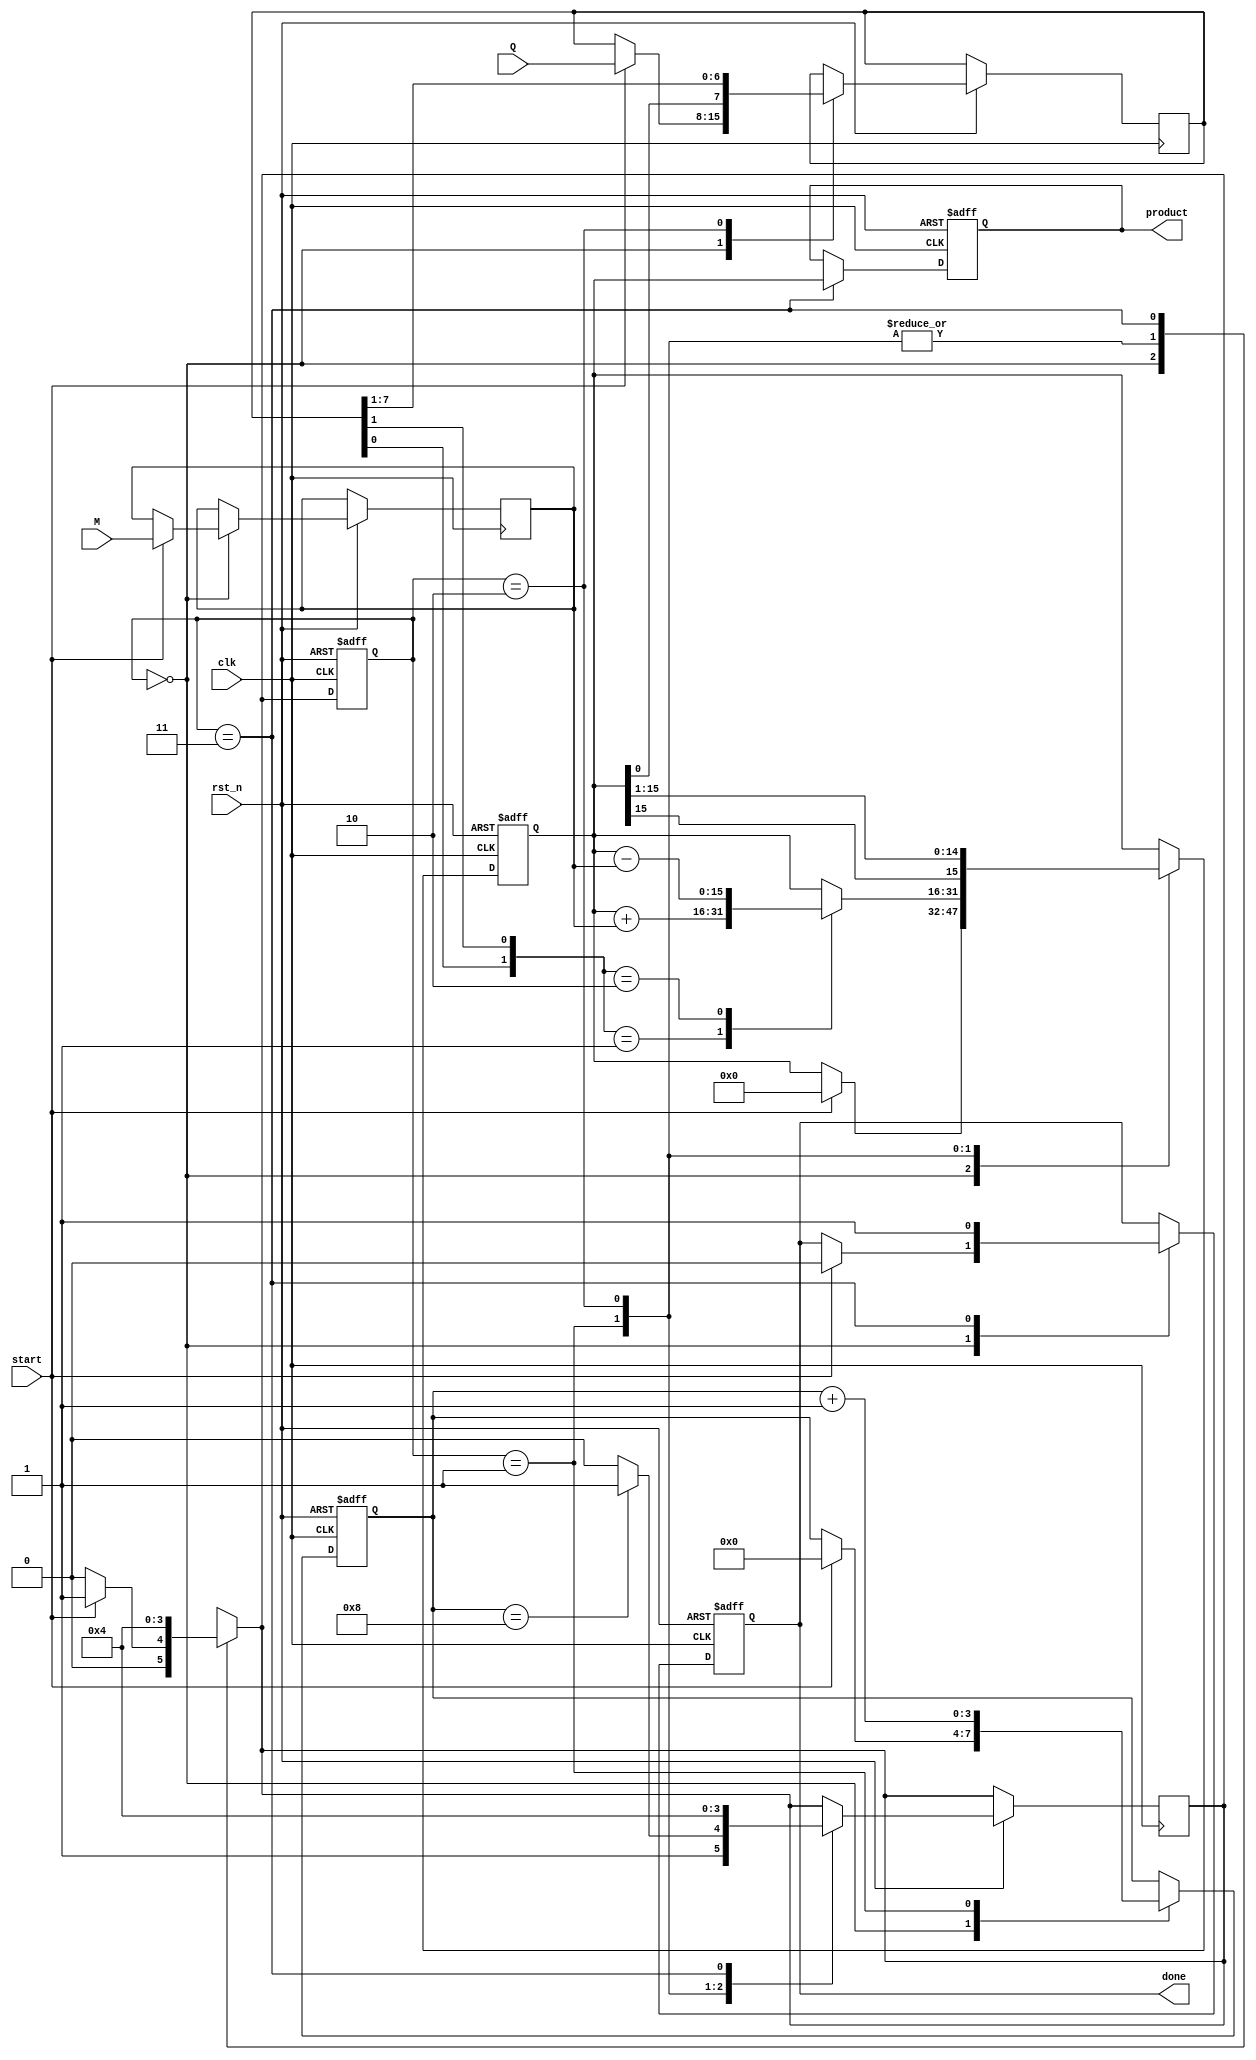
module modified_booth_multiplier (
    input wire clk,
    input wire rst_n,
    input wire start,
    input wire [7:0] M, // Multiplicand
    input wire [7:0] Q, // Multiplier
    output reg [15:0] product, // Final product
    output reg done // Multiplication done signal
);

// Internal Registers
reg [7:0] M_reg; // Multiplicand register
reg [7:0] Q_reg; // Multiplier register
reg [15:0] A; // Accumulator
reg [3:0] count; // Bit count for processed bits
reg [1:0] state; // Current state in FSM
reg [1:0] next_state; // Next state in FSM

// State encoding
localparam IDLE = 2'b00,
           PROCESS = 2'b01,
           SHIFT = 2'b10,
           DONE = 2'b11;

// Booth multiplier logic
always @(posedge clk or negedge rst_n) begin
    if (!rst_n) begin
        state <= IDLE;
        done <= 0;
        product <= 0;
        A <= 0;
        count <= 0;
    end else begin
        state <= next_state;

        case (state)
            IDLE: begin
                if (start) begin
                    M_reg <= M;
                    Q_reg <= Q;
                    A <= 0;
                    count <= 0;
                    done <= 0;
                end
            end
            
            PROCESS: begin
                // Booth encoding based on last two bits of Q_reg
                case ({Q_reg[0], Q_reg[1]})
                    2'b00: ; // Do nothing
                    2'b01: A <= A + M_reg; // Add M
                    2'b10: A <= A - M_reg; // Subtract M
                    2'b11: ; // Do nothing
                endcase

                count <= count + 1;
                if (count == 8) begin
                    next_state <= DONE;
                end else begin
                    next_state <= SHIFT;
                end
            end
            
            SHIFT: begin
                // Right shift A and Q_reg
                A <= {A[15], A[15:1]};
                Q_reg <= {A[0], Q_reg[7:1]}; // Q_reg shifted right, LSB is taken from A's LSB
                next_state <= PROCESS;
            end
            
            DONE: begin
                product <= A; // Final product is in A
                done <= 1; // Indicate operation is done
                next_state <= IDLE; // Go back to IDLE
            end
            
            default: next_state <= IDLE; // Default case
        endcase
    end
end

// Initializing next state
always @(state) begin
    case (state)
        IDLE: next_state = (start) ? PROCESS : IDLE;
        PROCESS: next_state = PROCESS;
        SHIFT: next_state = PROCESS;
        DONE: next_state = IDLE;
        default: next_state = IDLE;
    endcase
end

endmodule